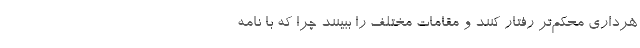
هرداری محکم‌تر رفتار کنند و مقامات مختلف را ببینند چرا که با نامه